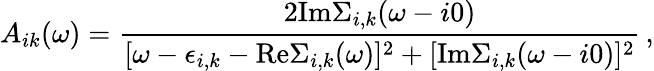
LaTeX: A_{ik}(\omega)=\frac{2\mathrm{Im}\Sigma_{i,k}(\omega-i0)}{[\omega-\epsilon_{i,k}-\mathrm{Re}\Sigma_{i,k}(\omega)]^{2}+[\mathrm{Im}\Sigma_{i,k}(\omega-i0)]^{2}}\, ,